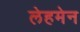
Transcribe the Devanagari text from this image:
लेहमेन